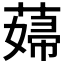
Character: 𦸱